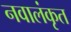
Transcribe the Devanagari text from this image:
नवालंकृत